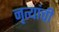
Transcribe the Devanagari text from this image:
नृत्यांची